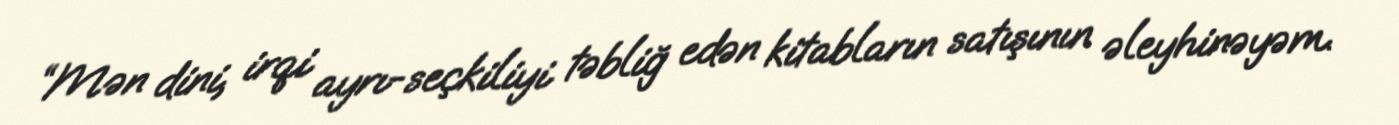
“Mən dini, irqi ayrı-seçkiliyi təbliğ edən kitabların satışının əleyhinəyəm.